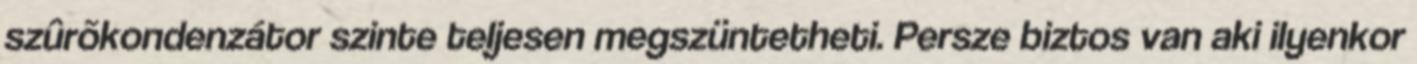
szûrõkondenzátor szinte teljesen megszüntetheti. Persze biztos van aki ilyenkor